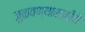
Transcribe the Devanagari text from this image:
जुळवण्यासाठीचे